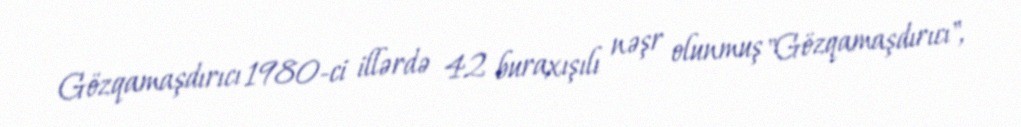
Gözqamaşdırıcı 1980-ci illərdə 42 buraxışılı nəşr olunmuş "Gözqamaşdırıcı",